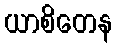
ယာစိတေန